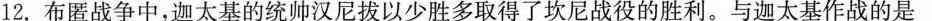
12.布匿战争中，迦太基的统帅汉尼拔以少胜多取得了坎尼战役的胜利。与迦太基作战的是